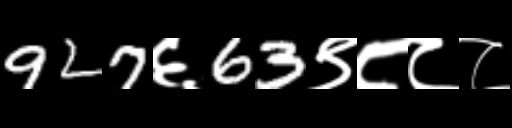
Text: 927६63९८८८